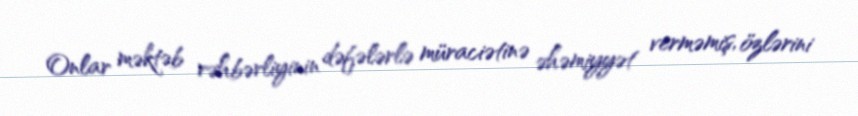
Onlar məktəb rəhbərliyinin dəfələrlə müraciətinə əhəmiyyət verməmiş, özlərini